Vaccination in Bombay 1902-1912 - 1902-1912
Year: 1902
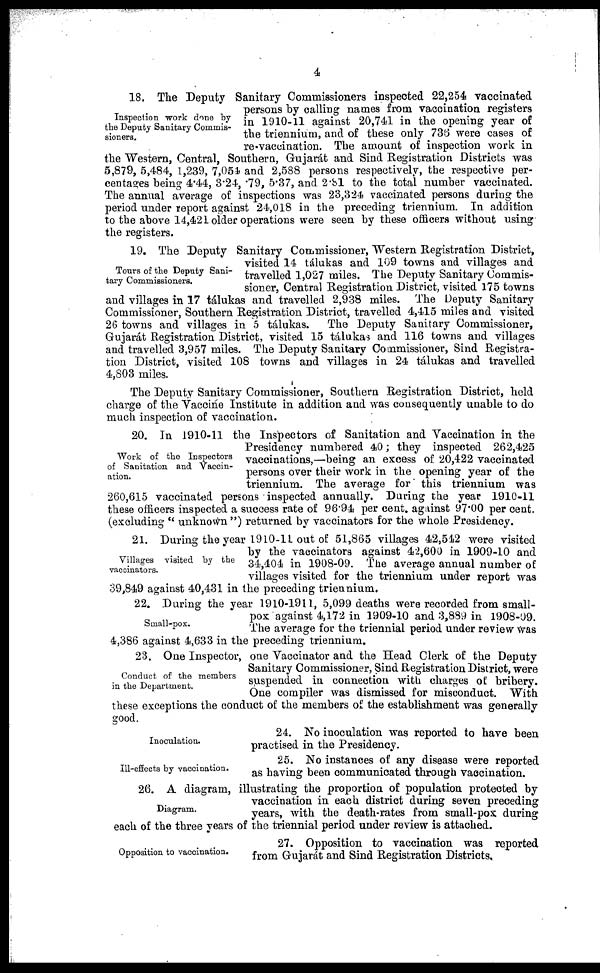
4
Inspection work done by
the Deputy Sanitary Commis-
sioners.
18. The Deputy Sanitary Commissioners inspected 22,254 vaccinated
persons by calling names from vaccination registers
in 1910-11 against 20,741 in the opening year of
the triennium, and of these only 736 were cases of
re-vaccination. The amount of inspection work in
the Western, Central, Southern, Gujarát and Sind Registration Districts was
5,879, 5,484, 1,239, 7,054 and 2,588 persons respectively, the respective per-
centages being 4.44, 3.24, .79, 5.37, and 2.81 to the total number vaccinated.
The annual average of inspections was 23,324 vaccinated persons during the
period under report against 24,018 in the preceding triennium. In addition
to the above 14,421 older operations were seen by these officers without using
the registers.
Tours of the Deputy Sani-
tary Commissioners.
19. The Deputy Sanitary Commissioner, "Western Registration District,
visited 14 tálukas and 109 towns and villages and
travelled 1,027 miles. The Deputy Sanitary Commis-
sioner, Central Registration District, visited 175 towns
and villages in 17 tálukas and travelled 2,938 miles. The Deputy Sanitary
Commissioner, Southern Registration District, travelled 4,415 miles and visited
26 towns and villages in 5 tálukas. The Deputy Sanitary Commissioner,
Gujarát Registration District, visited 15 tálukas and 116 towns and villages
and travelled 3,957 miles. The Deputy Sanitary Commissioner, Sind Registra-
tion District, visited 108 towns and villages in 24 tálukas and travelled
4,803 miles.
The Deputy Sanitary Commissioner, Southern Registration District, held
charge of the Vaccine Institute in addition and was consequently unable to do
much inspection of vaccination.
Work of the Inspectors
of Sanitation and Vaccin-
ation.
20. In 1910-11 the Inspectors of Sanitation and Vaccination in the
Presidency numbered 40; they inspected 262,425
vaccinations,—being an excess of 20,422 vaccinated
persons over their work in the opening year of the
triennium. The average for' this triennium was
260,615 vaccinated persons inspected annually. During the year 1910-11
these officers inspected a success rate of 96.94 per cent. against 97.00 per cent.
(excluding " unknown ") returned by vaccinators for the whole Presidency.
Villages visited by the
vaccinators.
21. During the year 1910-11 out of 51,865 villages 42,542 were visited
by the vaccinators against 42,600 in 1909-10 and
34,404 in 1908-09. The average annual number of
villages visited for the triennium under report was
39,849 against 40,431 in the preceding triennium.
Small-pox.
22. During the year 1910-1911, 5,099 deaths were recorded from small-
pox against 4,172 in 1909-10 and 3,889 in 1908-09.
The average for the triennial period under review was
4,386 against 4,633 in the preceding triennium.
Conduct of the members
in the Department.
23. One Inspector, one Vaccinator and the Head Clerk of the Deputy
Sanitary Commissioner, Sind Registration District, were
suspended in connection with charges of bribery.
One compiler was dismissed for misconduct. With
these exceptions the conduct of the members of the establishment was generally
good.
Inoculation.
24. No inoculation was reported to have been
practised in the Presidency.
Ill-effects by vaccination.
25. No instances of any disease were reported
as having been communicated through vaccination.
Diagram.
26. A diagram, illustrating the proportion of population protected by
vaccination in each district during seven preceding
years, with the death-rates from small-pox during
each of the three years of the triennial period under review is attached.
Opposition to vaccination.
27. Opposition to vaccination was reported
from Gujarát and Sind Registration Districts,